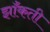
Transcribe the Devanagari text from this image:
झाँकती